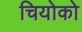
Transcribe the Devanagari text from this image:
चियोको